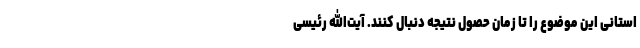
استانی این موضوع را تا زمان حصول نتیجه دنبال کنند. آیت‌الله رئیسی